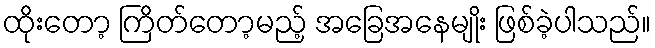
ထိုးတော့ ကြိတ်တော့မည့် အခြေအနေမျိုး ဖြစ်ခဲ့ပါသည်။